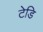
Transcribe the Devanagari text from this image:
टेडि